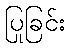
ပြုခြင်း